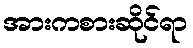
အားကစားဆိုင်ရာ